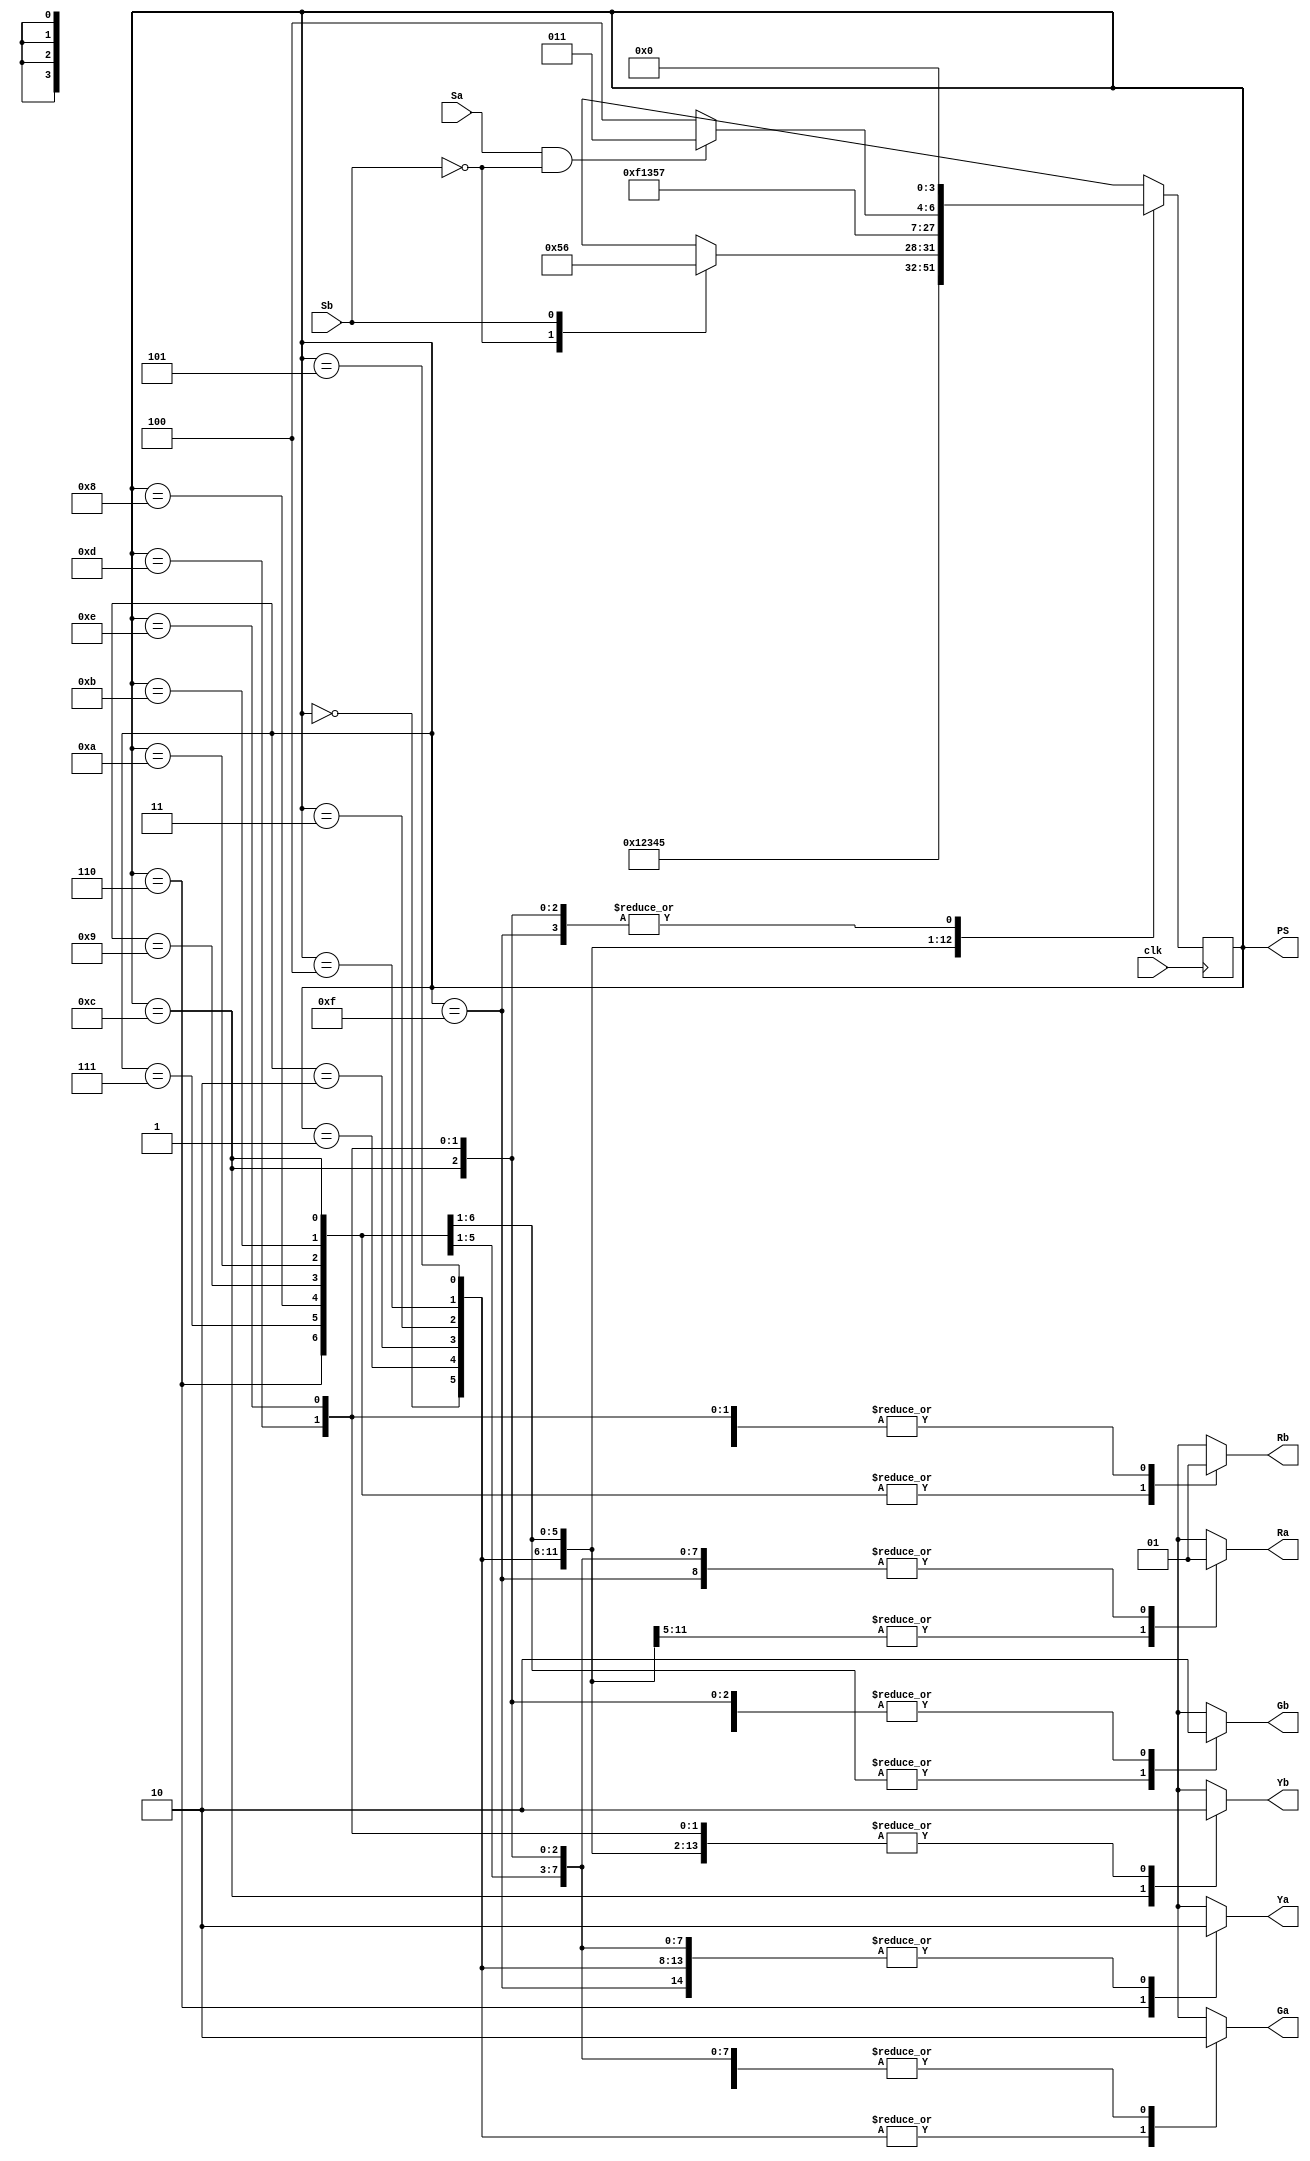
module traffic(clk,Sa,Sb,Ga,Ya,Ra,Gb,Yb,Rb,PS);
input	clk,Sa,Sb;	  
output	Ga, Ya, Ra, Gb, Yb, Rb;
output[3:0] PS; 
reg[3:0] PS, NS;
reg Ga, Ya, Ra, Gb, Yb, Rb;
	
	parameter	S0 =4'b0000,S1 =4'b0001,S2 =4'b0010,S3 =4'b0011,
			S4 =4'b0100,S5 =4'b0101,S6 =4'b0110,S7 =4'b0111,
			S8 =4'b1000,S9 =4'b1001,S10=4'b1010,S11=4'b1011,
			S12=4'b1100,S13=4'b1101,S14=4'b1110,S15=4'b1111;

	always @(Sa or Sb or PS)
	begin
	
	case ({PS})
	S0: begin
		Ga=1'b1;Ya=1'b0;Ra=1'b0;//A=G
		Gb=1'b0;Yb=1'b0;Rb=1'b1;//B=R
		NS = S1;
	end
	S1: begin
		Ga=1'b1;Ya=1'b0;Ra=1'b0;//A=G
		Gb=1'b0;Yb=1'b0;Rb=1'b1;//B=R
		NS = S2;
	end
	S2: begin
		Ga=1'b1;Ya=1'b0;Ra=1'b0;//A=G
		Gb=1'b0;Yb=1'b0;Rb=1'b1;//B=R
		NS = S3;
	end
	S3: begin
		Ga=1'b1;Ya=1'b0;Ra=1'b0;//A=G
		Gb=1'b0;Yb=1'b0;Rb=1'b1;//B=R
		NS = S4;
	end
	S4: begin
		Ga=1'b1;Ya=1'b0;Ra=1'b0;//A=G
		Gb=1'b0;Yb=1'b0;Rb=1'b1;//B=R
		NS = S5;
	end
	S5: begin
		Ga=1'b1;Ya=1'b0;Ra=1'b0;//A=G
		Gb=1'b0;Yb=1'b0;Rb=1'b1;//B=R
		case({Sb})
		1'b0:NS=S5;
		1'b1:NS=S6;
		endcase
	end
	S6: begin
		Ga=1'b0;Ya=1'b1;Ra=1'b0;//A=Y
		Gb=1'b1;Yb=1'b0;Rb=1'b0;//B=R
		NS = S7;

	end
	S7: begin
		Ga=1'b0;Ya=1'b0;Ra=1'b1;//A=R
		Gb=1'b1;Yb=1'b0;Rb=1'b0;//B=G
		NS = S8;
	end
	S8: begin
		Ga=1'b0;Ya=1'b0;Ra=1'b1;//A=R
		Gb=1'b1;Yb=1'b0;Rb=1'b0;//B=G
		NS = S9;
	end
	S9: begin
		Ga=1'b0;Ya=1'b0;Ra=1'b1;//A=R
		Gb=1'b1;Yb=1'b0;Rb=1'b0;//B=G
		NS = S10;
	end
	S10: begin
		Ga=1'b0;Ya=1'b0;Ra=1'b1;//A=R
		Gb=1'b1;Yb=1'b0;Rb=1'b0;//B=G
		NS = S11;
	end
	S11: begin
		Ga=1'b0;Ya=1'b0;Ra=1'b1;//A=R
		Gb=1'b1;Yb=1'b0;Rb=1'b0;//B=G
		if(Sa==1'b1 && Sb==1'b0)
			NS=S11;
		else
			NS=S12;
	end
	S12: begin
		Ga=1'b0;Ya=1'b0;Ra=1'b1;//A=R
		Gb=1'b0;Yb=1'b1;Rb=1'b0;//B=Y
		NS = S0;
	end
	//Unexpected states: resolving contingencies.
	S13: begin
		Ga=1'b0;Ya=1'b0;Ra=1'b1;//A=R
		Gb=1'b0;Yb=1'b0;Rb=1'b1;//B=R
		NS = S0;
	end
	S14: begin
		Ga=1'b0;Ya=1'b0;Ra=1'b1;//A=R
		Gb=1'b0;Yb=1'b0;Rb=1'b1;//B=R
		NS = S0;
	end
	S15: begin
		Ga=1'b0;Ya=1'b0;Ra=1'b1;//A=R
		Gb=1'b0;Yb=1'b0;Rb=1'b1;//B=R
		NS = S0;
	end
	4'bxxxx: begin
		Ga=1'b0;Ya=1'b0;Ra=1'b1;//A=R
		Gb=1'b0;Yb=1'b0;Rb=1'b1;//B=R
		NS = S0;
	end
	endcase
end
	always @(posedge clk)
	begin
		PS = NS;
	end

endmodule